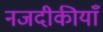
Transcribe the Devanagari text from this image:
नजदीकीयाँ